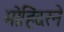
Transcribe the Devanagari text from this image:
मोहिंदरने